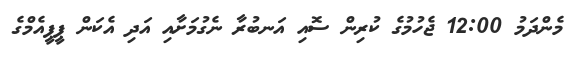
މެންދަމު 12:00 ޖެހުމުގެ ކުރިން ސޮއި އަނބުރާ ނެގުމަށާއި އަދި އެކަން ޕީޕީއެމްގެ